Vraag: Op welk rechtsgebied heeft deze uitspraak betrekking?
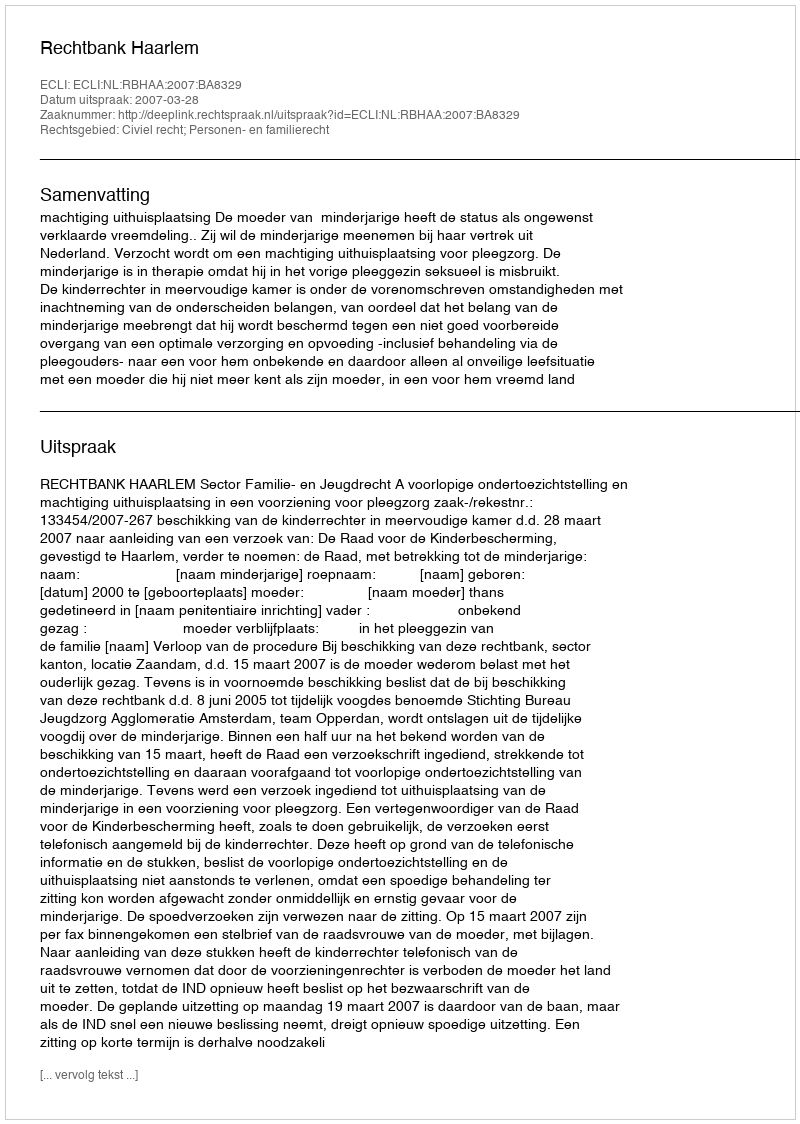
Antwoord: Civiel recht; Personen- en familierecht